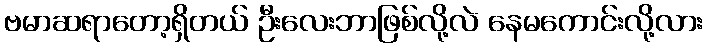
ဗမာဆရာတော့ရှိတယ် ဦးလေးဘာဖြစ်လို့လဲ နေမကောင်းလို့လား